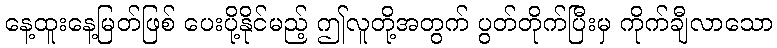
နေ့ထူးနေ့မြတ်ဖြစ် ပေးပို့နိုင်မည့် ဤလူတို့အတွက် ပွတ်တိုက်ပြီးမှ ကိုက်ချီလာသော